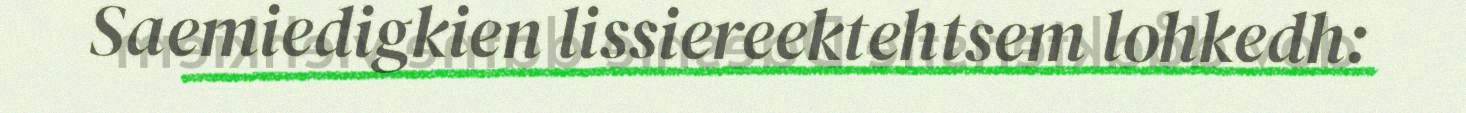
Saemiedigkien lissiereektehtsem lohkedh: